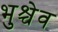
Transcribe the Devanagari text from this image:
भुश्चेव